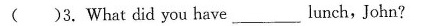
（ ）3.What did you have___lunch,John?